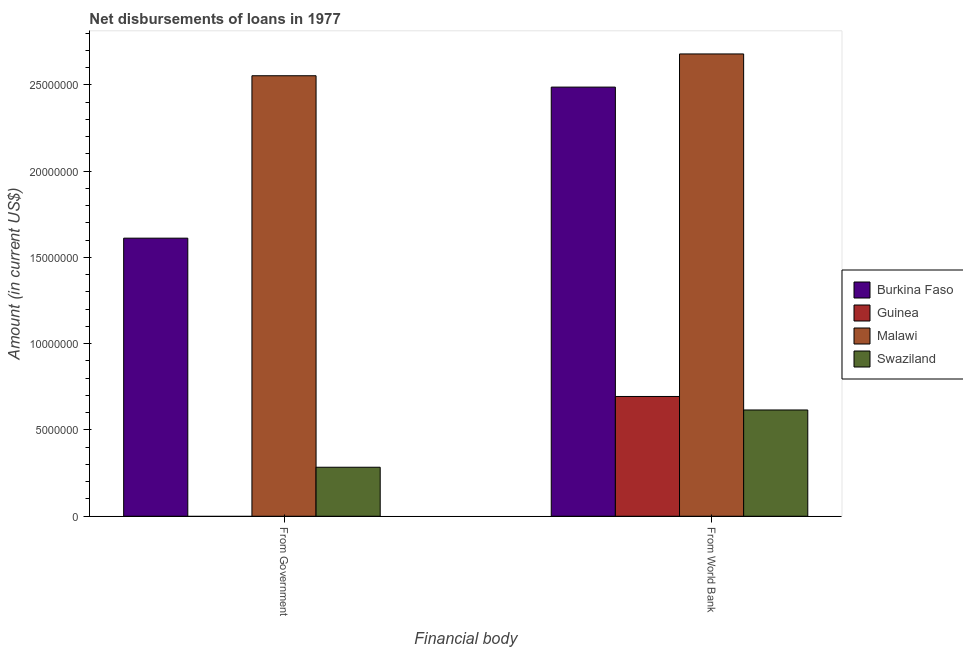
| Financial body | Burkina Faso | Guinea | Malawi | Swaziland |
 | --- | --- | --- | --- | --- |
 | From Government | 1.61e+07 | -2.23e+07 | 2.55e+07 | 2.84e+06 |
 | From World Bank | 2.49e+07 | 6.94e+06 | 2.68e+07 | 6.16e+06 |